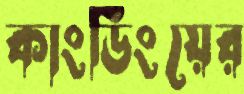
কাংডিংয়ের